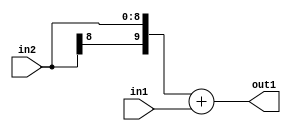
`timescale 1ps / 1ps
/*****************************************************************************
    Verilog RTL Description
    
    
    Created by: Stratus DpOpt 2019.1.01 
*******************************************************************************/

module DC_Filter_Add_9Sx2U_10S_4 (
	in2,
	in1,
	out1
	); /* architecture "behavioural" */ 
input [8:0] in2;
input [1:0] in1;
output [9:0] out1;
wire [9:0] asc001;

assign asc001 = 
	+({in2[8], in2})
	+(in1);

assign out1 = asc001;
endmodule

/* CADENCE  ubD5SQg= : u9/ySgnWtBlWxVPRXgAZ4Og= ** DO NOT EDIT THIS LINE ******/